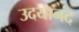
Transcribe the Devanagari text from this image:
उदयानंद